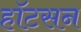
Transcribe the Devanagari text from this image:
हॉटसन